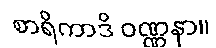
စာရိကာဒိ ဝဏ္ဏနာ။